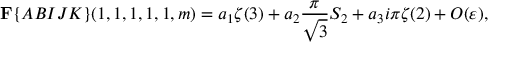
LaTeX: { \bf F } \{ { \cal A B I J K } \} ( 1 , 1 , 1 , 1 , 1 , m ) = a _ { 1 } \zeta ( 3 ) + a _ { 2 } \frac { \pi } { \sqrt { 3 } } S _ { 2 } + a _ { 3 } i \pi \zeta ( 2 ) + { \cal O } ( \varepsilon ) ,